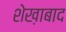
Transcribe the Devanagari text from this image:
शेख़ाबाद